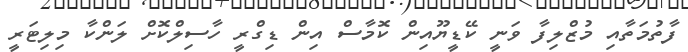
ފާތުމަތާއި މުޒްލިފާ ވަނީ ކޭޑީޔޫއިން ކޮމާސް އިން ޑިގްރީ ހާސިލްކޮށް ލަންކާ މިލިޓަރީ